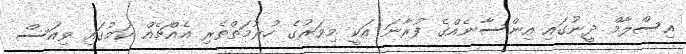
އިސްލާމް ދީނުގައި އިންސާނެއްގެ ފުރާނަ އަކީ މިވަރުގެ ހުރުމަތްތެރި އެއްޗެއް ކަމުގައި ވިއަސް